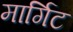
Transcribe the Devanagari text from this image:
मार्गिट